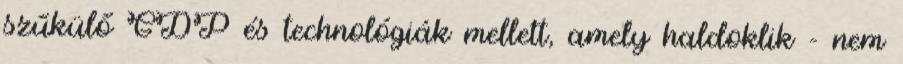
szűkülő GDP és technológiák mellett, amely haldoklik - nem